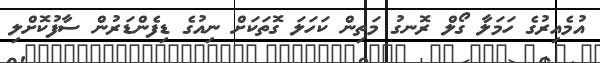
އުމެއިރުގެ ހަމަލާ ގޯލް ރޮނގު މަތިން ކަހަލަ ގޮތަކަށް ނިއުގެ ޑިފެންޑަރުން ސާފުކޮށްލި